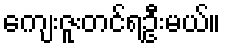
ကျေးဇူးတင်ရဦးမယ်။